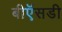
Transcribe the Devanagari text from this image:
बीऍसडी